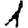
Digit: 1